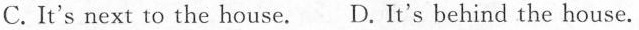
C. It's next to the house.D. It's behind the house.